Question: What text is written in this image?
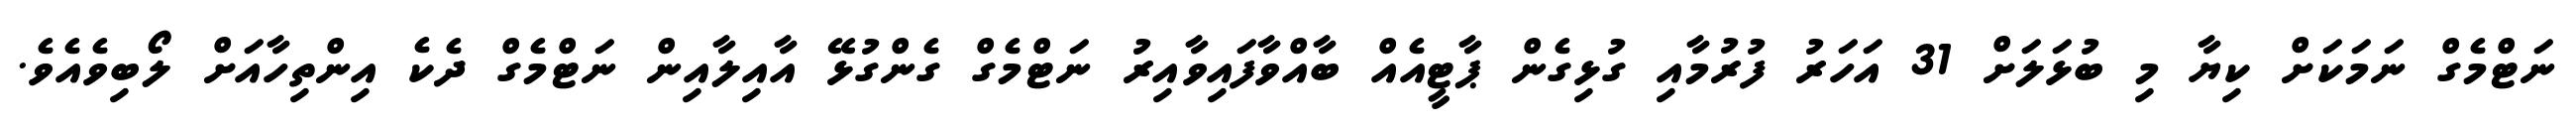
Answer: ނަޓްމެގް ނަމަކަށް ކިޔާ މި ބުޅަލަށް 31 އަހަރު ފުރުމާއި ގުޅިގެން ޕާޓީއެއް ބާއްވާފައިވާއިރު ނަޓްމެގް ގެންގުޅޭ އާއިލާއިން ނަޓްމެގް ދެކެ އިންތިހާއަށް ލޯބިވެއެވެ.